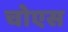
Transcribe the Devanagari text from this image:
चोएस